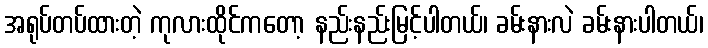
အရုပ်တပ်ထားတဲ့ ကုလားထိုင်ကတော့ နည်းနည်းမြင့်ပါတယ်၊ ခမ်းနားလဲ ခမ်းနားပါတယ်၊